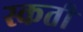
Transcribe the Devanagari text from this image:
स्कती